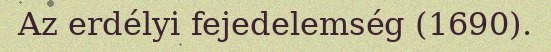
Az erdélyi fejedelemség (1690).